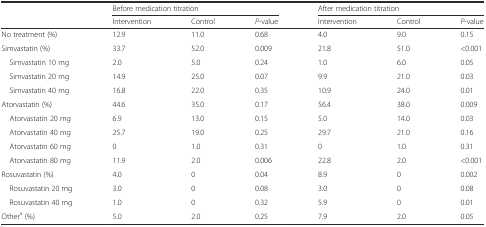
<table><thead><tr><td></td><td colspan="3"><b>Before medication titration</b></td><td colspan="3"><b>After medication titration</b></td></tr><tr><td></td><td><b>Intervention</b></td><td><b>Control</b></td><td><b><i>P</i>-value</b></td><td><b>Intervention</b></td><td><b>Control</b></td><td><b><i>P</i>-value</b></td></tr></thead><tbody><tr><td>No treatment (%)</td><td>12.9</td><td>11.0</td><td>0.68</td><td>4.0</td><td>9.0</td><td>0.15</td></tr><tr><td>Simvastatin (%)</td><td>33.7</td><td>52.0</td><td>0.009</td><td>21.8</td><td>51.0</td><td>&lt;0.001</td></tr><tr><td> Simvastatin 10 mg</td><td>2.0</td><td>5.0</td><td>0.24</td><td>1.0</td><td>6.0</td><td>0.05</td></tr><tr><td> Simvastatin 20 mg</td><td>14.9</td><td>25.0</td><td>0.07</td><td>9.9</td><td>21.0</td><td>0.03</td></tr><tr><td> Simvastatin 40 mg</td><td>16.8</td><td>22.0</td><td>0.35</td><td>10.9</td><td>24.0</td><td>0.01</td></tr><tr><td>Atorvastatin (%)</td><td>44.6</td><td>35.0</td><td>0.17</td><td>56.4</td><td>38.0</td><td>0.009</td></tr><tr><td> Atorvastatin 20 mg</td><td>6.9</td><td>13.0</td><td>0.15</td><td>5.0</td><td>14.0</td><td>0.03</td></tr><tr><td> Atorvastatin 40 mg</td><td>25.7</td><td>19.0</td><td>0.25</td><td>29.7</td><td>21.0</td><td>0.16</td></tr><tr><td> Atorvastatin 60 mg</td><td>0</td><td>1.0</td><td>0.31</td><td>0</td><td>1.0</td><td>0.31</td></tr><tr><td> Atorvastatin 80 mg</td><td>11.9</td><td>2.0</td><td>0.006</td><td>22.8</td><td>2.0</td><td>&lt;0.001</td></tr><tr><td>Rosuvastatin (%)</td><td>4.0</td><td>0</td><td>0.04</td><td>8.9</td><td>0</td><td>0.002</td></tr><tr><td> Rosuvastatin 20 mg</td><td>3.0</td><td>0</td><td>0.08</td><td>3.0</td><td>0</td><td>0.08</td></tr><tr><td> Rosuvastatin 40 mg</td><td>1.0</td><td>0</td><td>0.32</td><td>5.9</td><td>0</td><td>0.01</td></tr><tr><td>Other<sup>a</sup> (%)</td><td>5.0</td><td>2.0</td><td>0.25</td><td>7.9</td><td>2.0</td><td>0.05</td></tr></tbody></table>